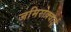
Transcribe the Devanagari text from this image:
जमिरोक्वाई